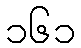
၁၆၁